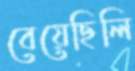
বেয়েছিলি